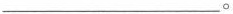
___。